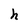
Character: h